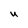
Character: U